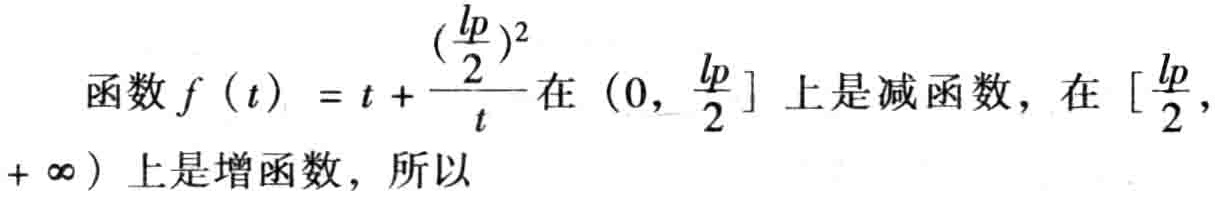
函数\(f(t)=t + \frac{(\frac{lp}{2})^2}{t}\)在\((0, \frac{lp}{2}]\)上是减函数，在\([\frac{lp}{2}, +\infty)\)上是增函数，所以